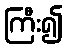
ကြီး၍